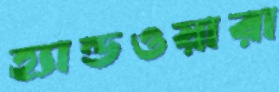
হ্যান্ডওয়ারা